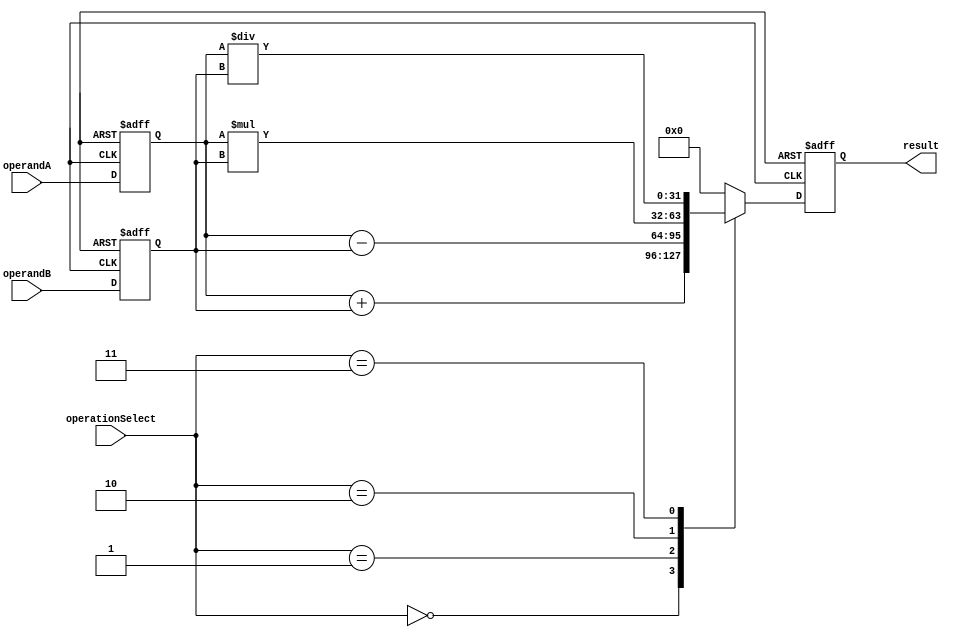
module ArbitraryPrecisionFloatingPointUnit (
  input wire [31:0] operandA,
  input wire [31:0] operandB,
  input wire [2:0] operationSelect,
  output reg [31:0] result
);

reg [31:0] operandA_reg;
reg [31:0] operandB_reg;
reg [31:0] result_reg;

always @(posedge clk or negedge resetn) begin
  if (!resetn) begin
    operandA_reg <= 'b0;
    operandB_reg <= 'b0;
    result_reg <= 'b0;
  end else begin
    operandA_reg <= operandA;
    operandB_reg <= operandB;
    
    case(operationSelect)
      3'b000: begin // Addition
        result_reg <= operandA_reg + operandB_reg;
      end
      3'b001: begin // Subtraction
        result_reg <= operandA_reg - operandB_reg;
      end
      3'b010: begin // Multiplication
        result_reg <= operandA_reg * operandB_reg;
      end
      3'b011: begin // Division
        result_reg <= operandA_reg / operandB_reg;
      end
      default: result_reg <= 'b0; // Default case
    endcase
  end
end

assign result = result_reg;

endmodule